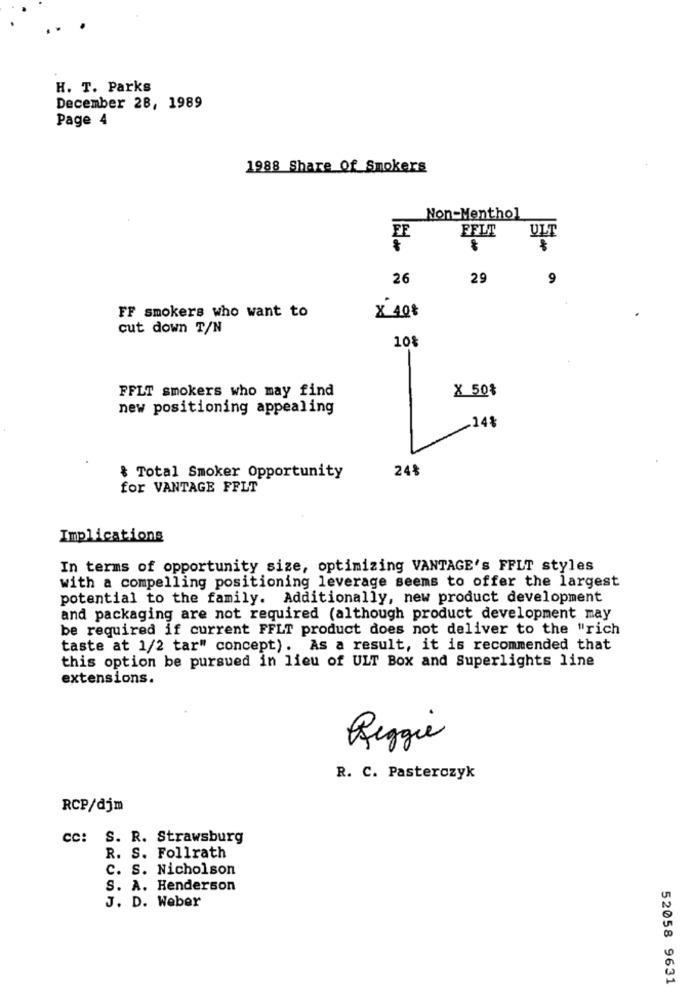
H. T. Parks
December 28, 1989
Page 4
1988 Share Of Smokers
Non-Menthol
FELT
ULT
FF
26
29
9
FF smokers who want to
× 40€
cut down T/N
10%
FFLT smokers who may find
X 50%
new positioning appealing
.14%
24%
& Total Smoker Opportunity
for VANTAGE FFLT
Implications
In terms of opportunity size, optimizing VANTAGE's FFLT styles
with a compelling positioning leverage seems to offer the largest
potential to the family. Additionally, new product development
and packaging are not required (although product development may
be required if current FFLT product does not deliver to the "rich
taste at 1/2 tar" concept). As a result, it is recommended that
this option be pursued in lieu of ULT Box and Superlights line
extensions.
Reggie
R. C. Pasterczyk
RCP/djm
CC: S. R. Strawsburg
R. S. Follrath
C. S. Nicholson
S. A. Henderson
J. D. Weber
52058 9631